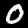
Label: 0